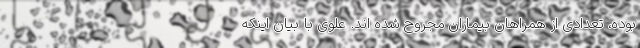
بوده، تعدادی از همراهان بیماران مجروح شده اند. علوی با بیان اینکه